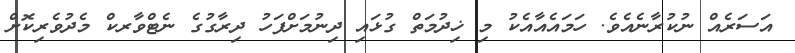
އަސަރެއް ނުކުރާނެއެވެ. ހަމައެއާއެކު މި ޚިދުމަތް ގުޅައި ދިނުމަށްފަހު ދިރާގުގެ ނެޓްވާރކް މެދުވެރިކޮށް